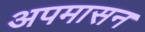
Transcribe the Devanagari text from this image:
अपमासन